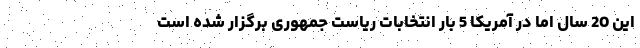
این 20 سال اما در آمریکا 5 بار انتخابات ریاست جمهوری برگزار شده است